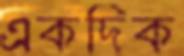
একদিক